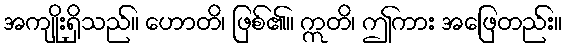
အကျိုးရှိသည်။ ဟောတိ၊ ဖြစ်၏။ ဣတိ၊ ဤကား အဖြေတည်း။